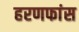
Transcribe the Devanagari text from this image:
हरणफांस